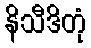
နိသီဒိတုံ